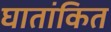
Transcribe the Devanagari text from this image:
घातांकित